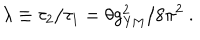
\lambda \equiv \tau _ { 2 } / \tau _ { 1 } = \theta g _ { \mathrm { Y M } } ^ { 2 } / 8 \pi ^ { 2 } ~ .